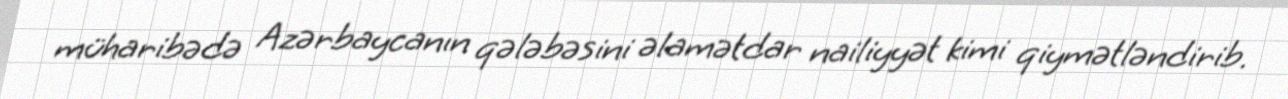
müharibədə Azərbaycanın qələbəsini əlamətdar nailiyyət kimi qiymətləndirib.